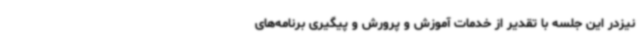
نیزدر این جلسه با تقدیر از خدمات آموزش و پرورش و پیگیری برنامه‌های